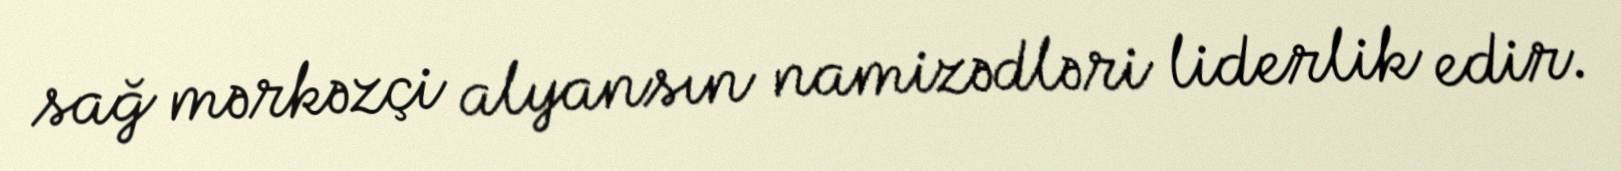
sağ mərkəzçi alyansın namizədləri liderlik edir.